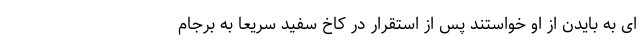
ای به بایدن از او خواستند پس از استقرار در کاخ سفید سریعا به برجام